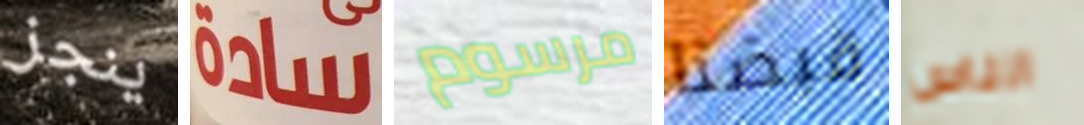
ينجز سادة مرسوم قبضنا الناس